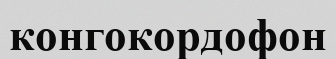
конгокордофон